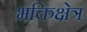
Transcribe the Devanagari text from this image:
भक्तिक्षेत्र